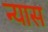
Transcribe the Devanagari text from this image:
न्‍यास